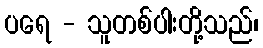
ပရေ - သူတစ်ပါးတို့သည်၊